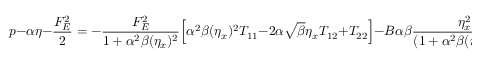
p - \alpha \eta - \frac { F _ { E } ^ { 2 } } { 2 } = - \frac { F _ { E } ^ { 2 } } { 1 + \alpha ^ { 2 } \beta ( \eta _ { x } ) ^ { 2 } } \Big [ \alpha ^ { 2 } \beta ( \eta _ { x } ) ^ { 2 } T _ { 1 1 } - 2 \alpha \sqrt { \beta } \eta _ { x } T _ { 1 2 } + T _ { 2 2 } \Big ] - B \alpha \beta \frac { \eta _ { x } ^ { 2 } } { ( 1 + \alpha ^ { 2 } \beta ( \eta _ { x } ) ^ { 2 } ) ^ { 3 / 2 } } ,